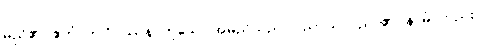
မည်၏။ ဧတံ၊ ဤဝိပဿနာဟူသော အမည်သည်။ ပညာယ၊ ပညာ၏။ နာမံ၊ တည်း။